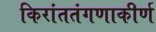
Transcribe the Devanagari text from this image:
किरांततंगणाकीर्ण